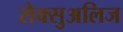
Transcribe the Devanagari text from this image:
सेक्सुअलिज